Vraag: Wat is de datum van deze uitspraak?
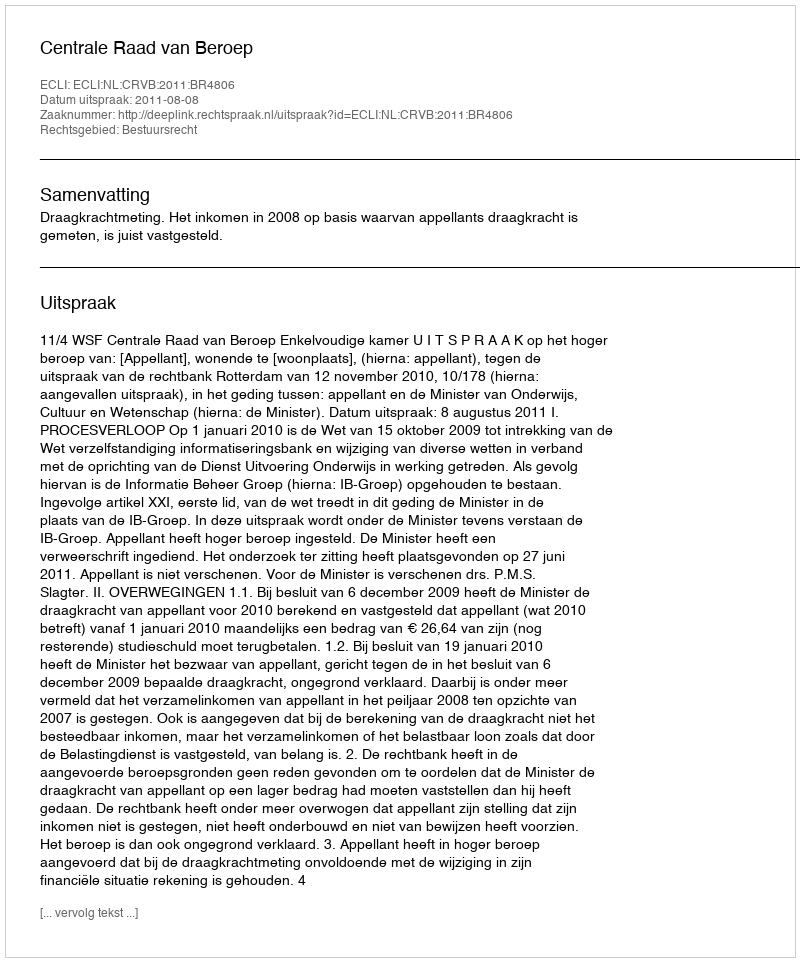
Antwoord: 2011-08-08